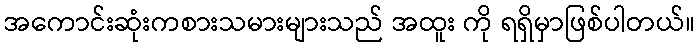
အကောင်းဆုံးကစားသမားများသည် အထူး ကို ရရှိမှာဖြစ်ပါတယ်။